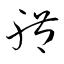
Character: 體